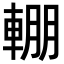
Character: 輣